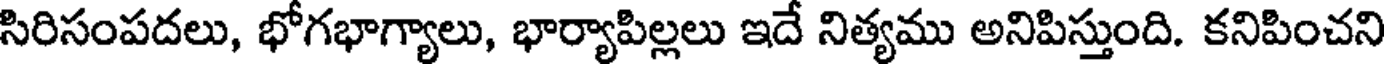
సిరిసంపదలు, భోగభాగ్యాలు, భార్యాపిల్లలు ఇదే నిత్యము అనిపిస్తుంది. కనిపించని